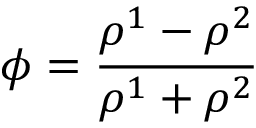
\phi = \frac { \rho ^ { 1 } - \rho ^ { 2 } } { \rho ^ { 1 } + \rho ^ { 2 } }